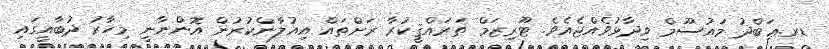
ޑރ.ޢަބްދު މައުސޫމް ވިދާޅުވެއްޖެއެވެ. ޓޫރިޒަމް ތަރައްޤީކުރާ ރަށްތައް އިއުލާންކުރުން އޮންނާނީ މިހާރު ދުބާއީގައި